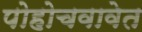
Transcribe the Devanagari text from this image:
पोहोचवावेत